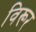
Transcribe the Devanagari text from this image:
विरूर